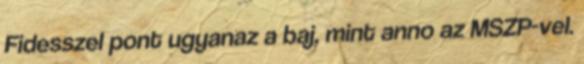
Fidesszel pont ugyanaz a baj, mint anno az MSZP-vel.